Civil Veterinary Department. Central Provinces & Berar 1932-41 - 1932-1941
Year: 1932
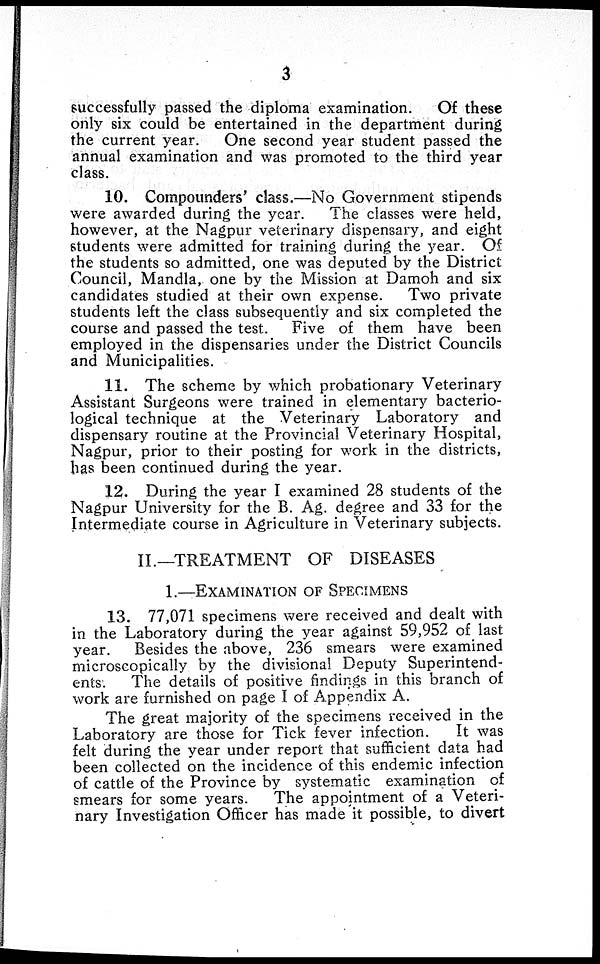
3
successfully passed the diploma examination.
Of these
only six could be entertained in the department during
the current year.
One second year student passed the
annual examination and was promoted to the third year
class.
10. Compounders' class.—No Government stipends
were awarded during the year.
The classes were held,
however, at the Nagpur veterinary dispensary, and eight
students were admitted for training during the year. Of
the students so admitted, one was deputed by the District
Council, Mandla, one by the Mission at Damoh and six
candidates studied at their own expense.
Two private
students left the class subsequently and six completed the
course and passed the test. Five of them have been
employed in the dispensaries under the District Councils
and Municipalities.
11. The scheme by which probationary Veterinary
Assistant Surgeons were trained in elementary bacterio-
logical technique at the Veterinary Laboratory and
dispensary routine at the Provincial Veterinary Hospital,
Nagpur, prior to their posting for work in the districts,
has been continued during the year.
12. During the year I examined 28 students of the
Nagpur University for the B. Ag. degree and 33 for the
Intermediate course in Agriculture in Veterinary subjects.
II.—TREATMENT OF DISEASES
1.—EXAMINATION OF SPECIMENS
13. 77,071 specimens were received and dealt with
in the Laboratory during the year against 59,952 of last
year.
Besides the above, 236 smears were examined
microscopically by the divisional Deputy Superintend-
ents-. The details of positive findings in this branch of
work are furnished on page I of Appendix A.
The great majority of the specimens received in the
Laboratory are those for Tick fever infection.
It was
felt during the year under report that sufficient data had
been collected on the incidence of this endemic infection
of cattle of the Province by systematic examination of
smears for some years.
The appointment of a Veteri-
nary Investigation Officer has made it possible, to divert